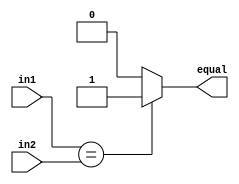


module comparator (input [31:0] in1, input [31:0] in2, output reg equal);
    
    //WRITE YOUR CODE HERE
   always @(in1,in2) begin
    if(in1 == in2) equal = 1;
    else equal = 0; 
   end
endmodule